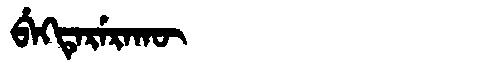
Manchu: ᠪᡝᡴᡨᡝᡵᡝᡵᠠᡴᡡ
Romanization: BEKTERERAKŪ